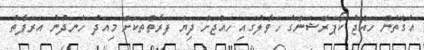
އެގޮތުން ހައްޖު ކޯޕަރޭޝަންގެ ހަވާލުގައި ހައްޖަށް ދިޔަ ފަރާތްތަކަށް މިއަދު ހެނދުނު އަރަފާތު